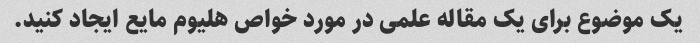
یک موضوع برای یک مقاله علمی در مورد خواص هلیوم مایع ایجاد کنید.